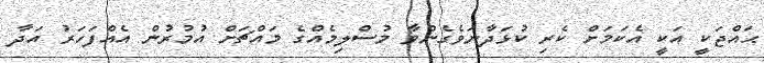
ޙައްޖަކީ އަކީ އެކަމަށް ކެރި ކުޅަދާނަވެގެންވާ މުސްލިމެއްގެ މައްޗަށް އުމުރުން އެއްފަހަރު އަދާ